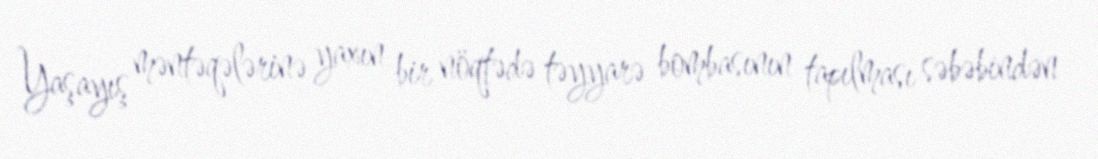
Yaşayış məntəqələrinə yaxın bir nöqtədə təyyarə bombasının tapılması səbəbindən